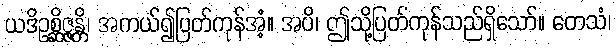
ယဒိဥစ္ဆိဇ္ဇန္တိ၊ အကယ်၍ပြတ်ကုန်အံ့။ အပိ၊ ဤသို့ပြတ်ကုန်သည်ရှိသော်။ တေသံ၊